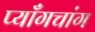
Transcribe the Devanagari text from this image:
प्याँगचांग